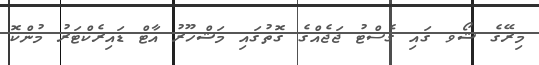
މިރޭގެ ޝޯވ ގައި ގެސްޓު ޖަޖެއްގެ ގޮތުގައި މަޝްހޫރު އާޓް ޑައިރެކްޓަރު މުންކޮ